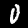
Digit: 0